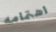
اهتمامه